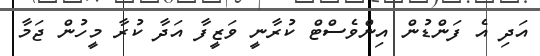
އަދި އެ ފަންޑުން އިންވެސްޓް ކުރާނީ ވަޒީފާ އަދާ ކުރާ މީހުން ޖަމާ